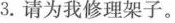
3.请为我修理架子。